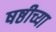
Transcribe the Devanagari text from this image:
षष्ठीच्या